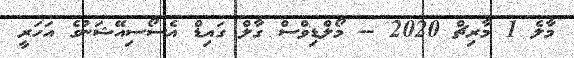
މާލެ 1 މާރިޗް 2020 -- މޯލްޑިވްސް ގާލް ގައިޑް އެސޯސިއޭޝަނުގެ އަހަރީ